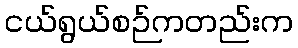
ငယ်ရွယ်စဉ်ကတည်းက